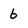
Character: b